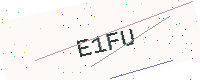
Text: E1FU